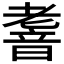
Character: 𮧹